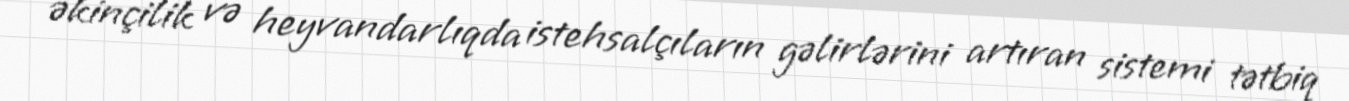
əkinçilik və heyvandarlıqda istehsalçıların gəlirlərini artıran sistemi tətbiq